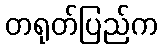
တရုတ်ပြည်က